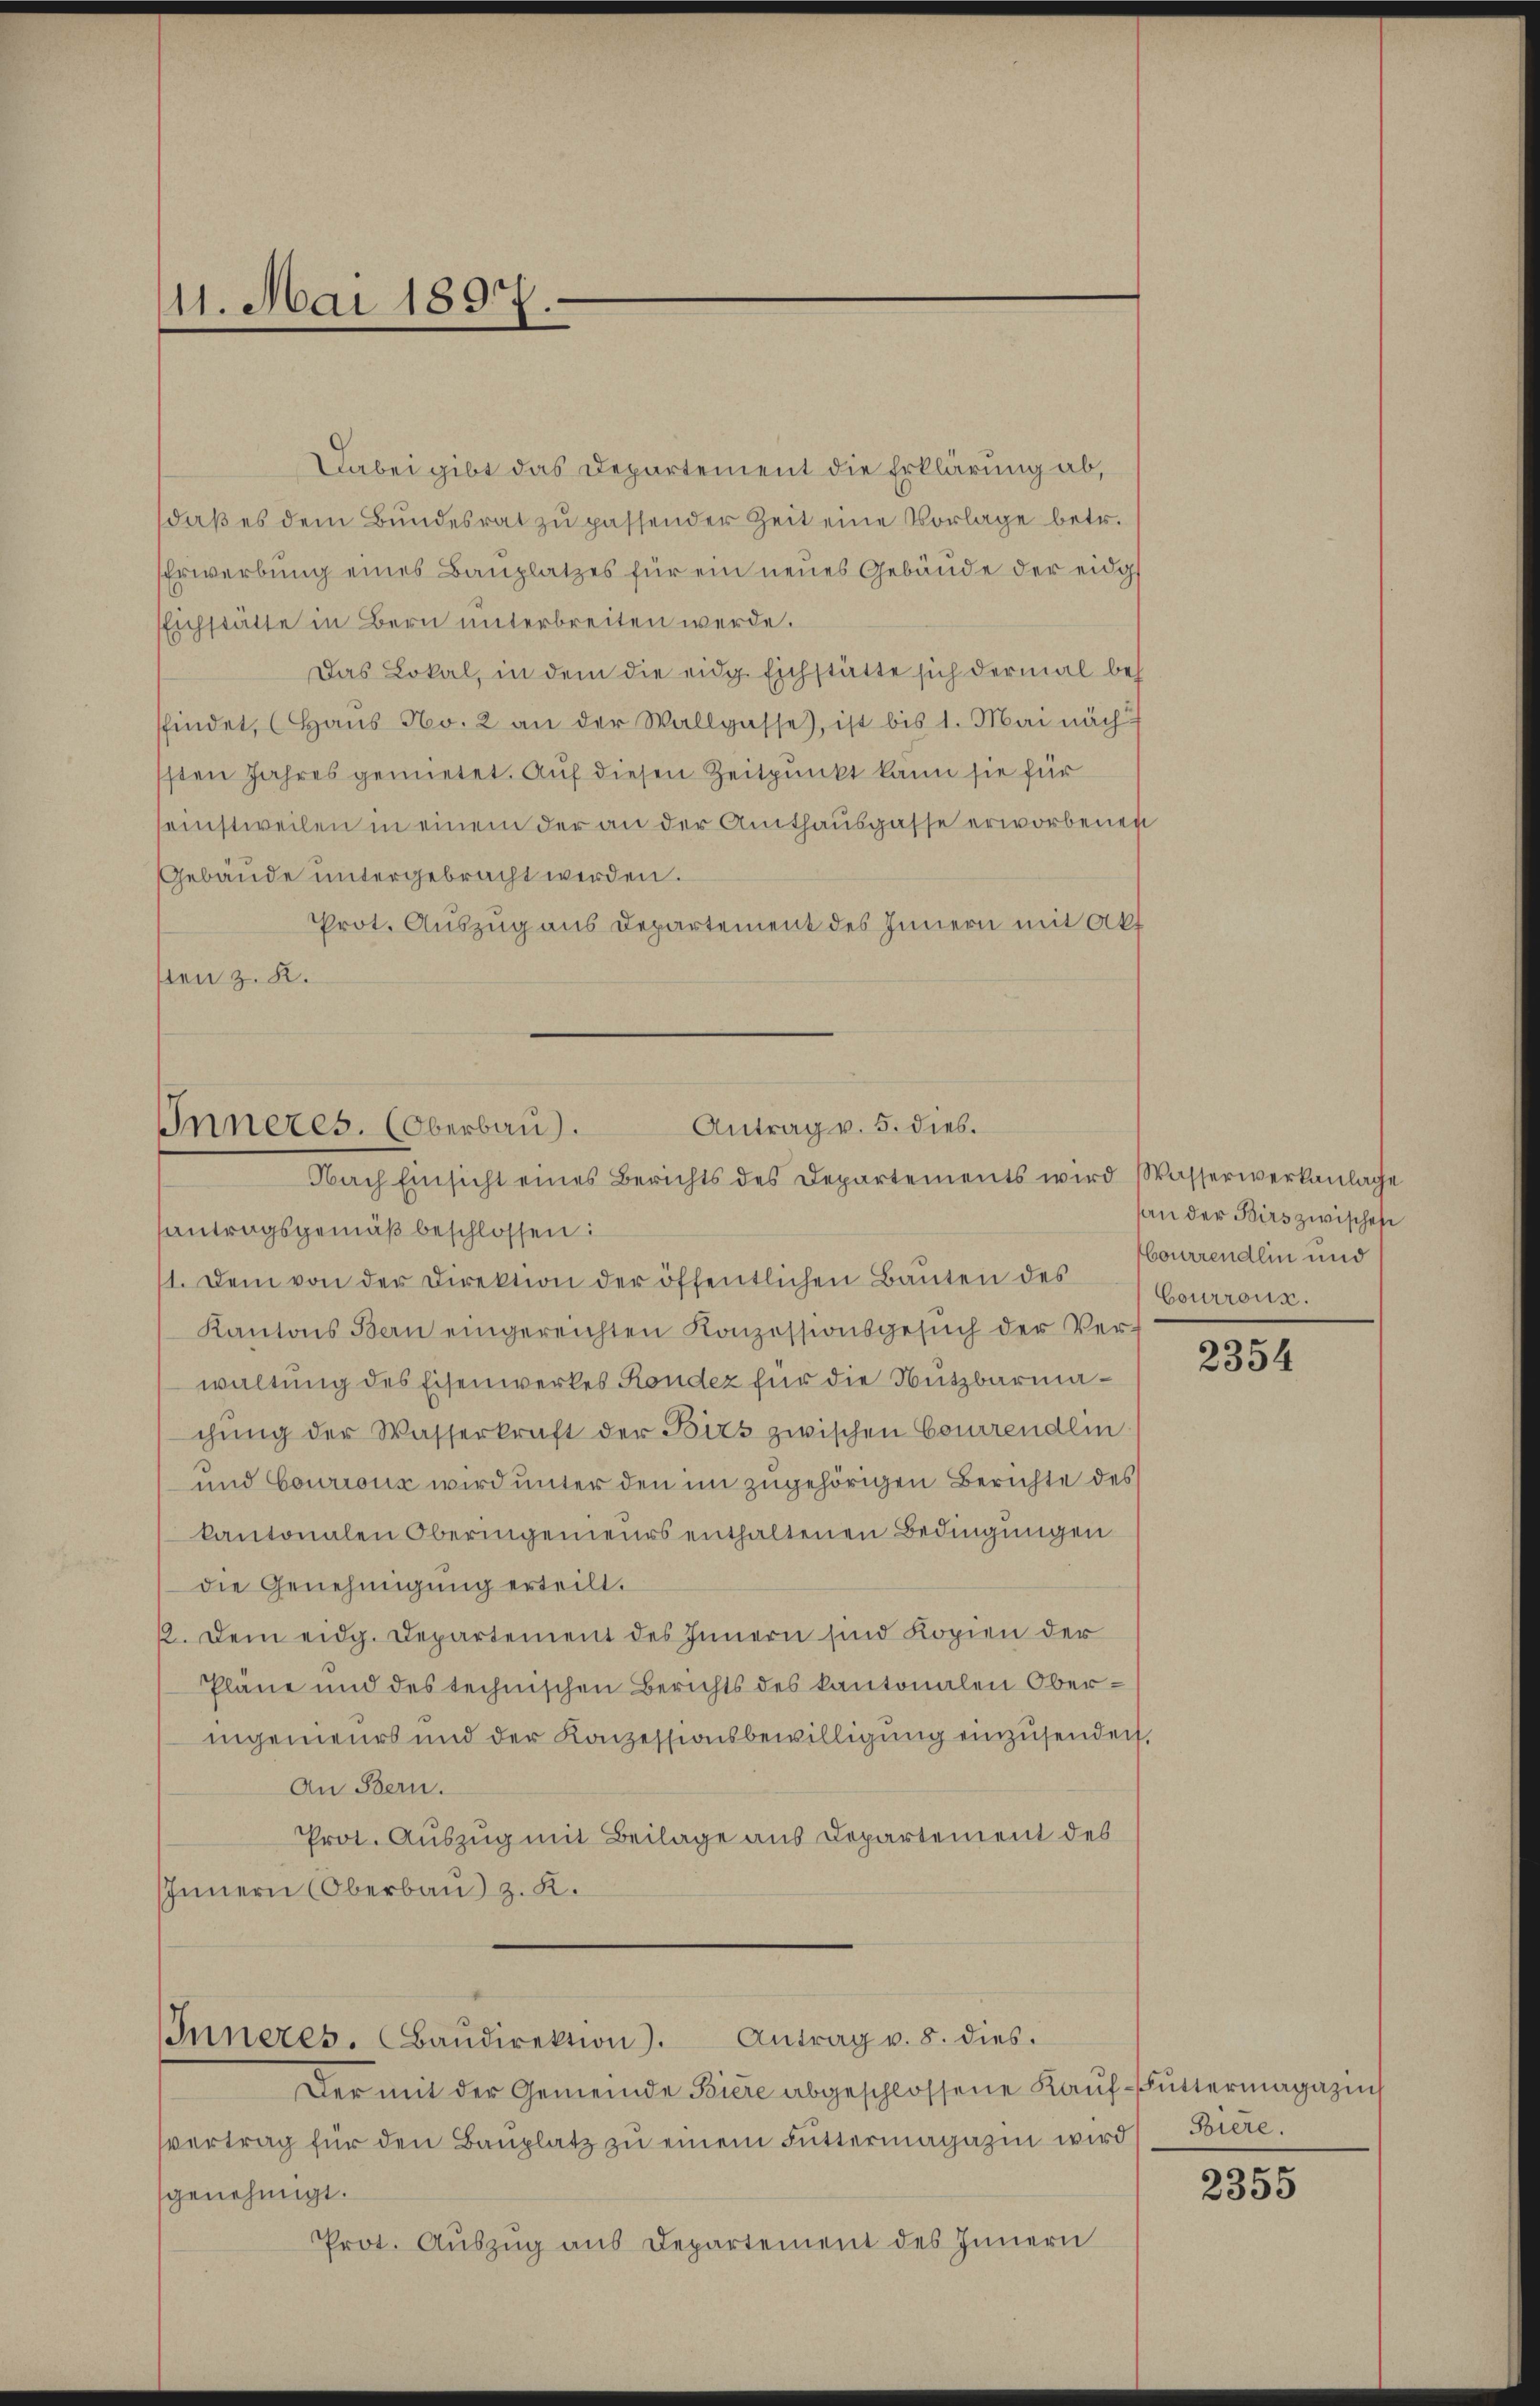
11. Mai 1897.

Dabei gibt das Departement die Erklärung ab,
daß es dem Bundesrat zu passender Zeit eine Vorlage betr.
Erwerbung eines Bauplatzes für ein neues Gebäude der eidg
Eichstätte in Bern unterbreiten werde.
Das Lokal, in dem die eidg. Eichstätte sich dermal beh
sfindet, Haus No. 2 an der Wallgasse), ist bis 1. Mai nach
sten Jahres gemietet. Auf diesen Zeitpunkt kann sie für
seinstweilen in einem der an der Amthausgasse erworbenen
Gebäude untergebracht werden.
Prot. Auszug aus Departement des Innern mit Akt
sten z. K.

Antrag v. 5. dies.
Inneres. (Oberbau).
Nach Einsicht eines Berichts des Departements wird Wasserwerkanlage

antragsgemäß beschlossen:
1. Dem von der Direktion der öffentlichen Bauten des
Kantons Bern eingereichten Konzessionsgesŭch der Ver-
waltung des Eisenwerkes Kondez für die Nutzbarmachŭng der Wasserkraft der Birs zwischen Courirendlin
und Courrons wird unter den im zugehörigen Berichte des
kantonalen Oberingenieurs enthaltenen Bedingungen
die Genehmigung erteilt.
19. Dem eidg. Departement des Innern sind Kopien der
Pläne und des technischen Berichts des kantonalen Oberingenieurs und der Konzessionsbewilligung einzusenden,
An Bern.
Prot. Auszug mit Beilage aus Departement des
Innern (Oberbau z. K.

Inneres. Baŭdirektion). Antrag v. 8. dies.

Der mit der Gemeinde Biere abgeschlossene Kaŭf-Futtermagazins
svertrag für den Baŭplatz zŭ einem Futtermagazin wird Biere.
genehmigt.
Prot. Auszug aus Departement des Innern

an der Birs zwisches
bourrendlin und
Courroux.

2354

2355